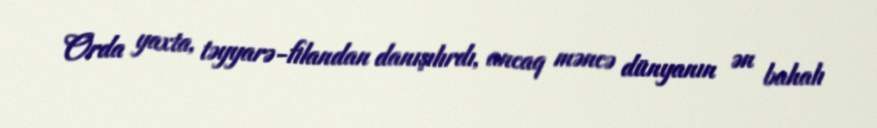
Orda yaxta, təyyarə-filandan danışılırdı, ancaq məncə dünyanın ən bahalı